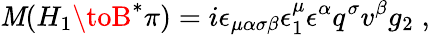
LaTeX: \mathit{M}(H_{1}\toB^{*}\pi)=i\epsilon_{\mu\alpha\sigma\beta}\epsilon_{1}^{\mu}\epsilon^{\alpha}q^{\sigma}v^{\beta}g_{2}\; ,